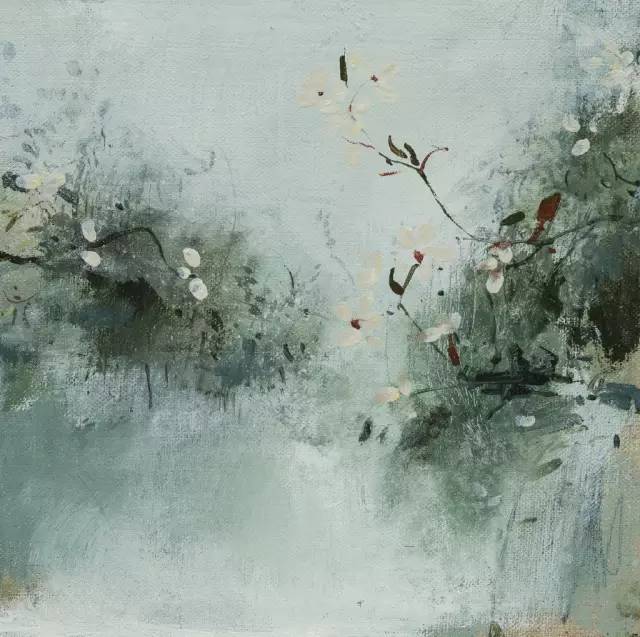
道在尔而求诸远，事在易而求之难。